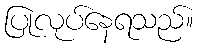
ပြုလုပ်နေရသည်။